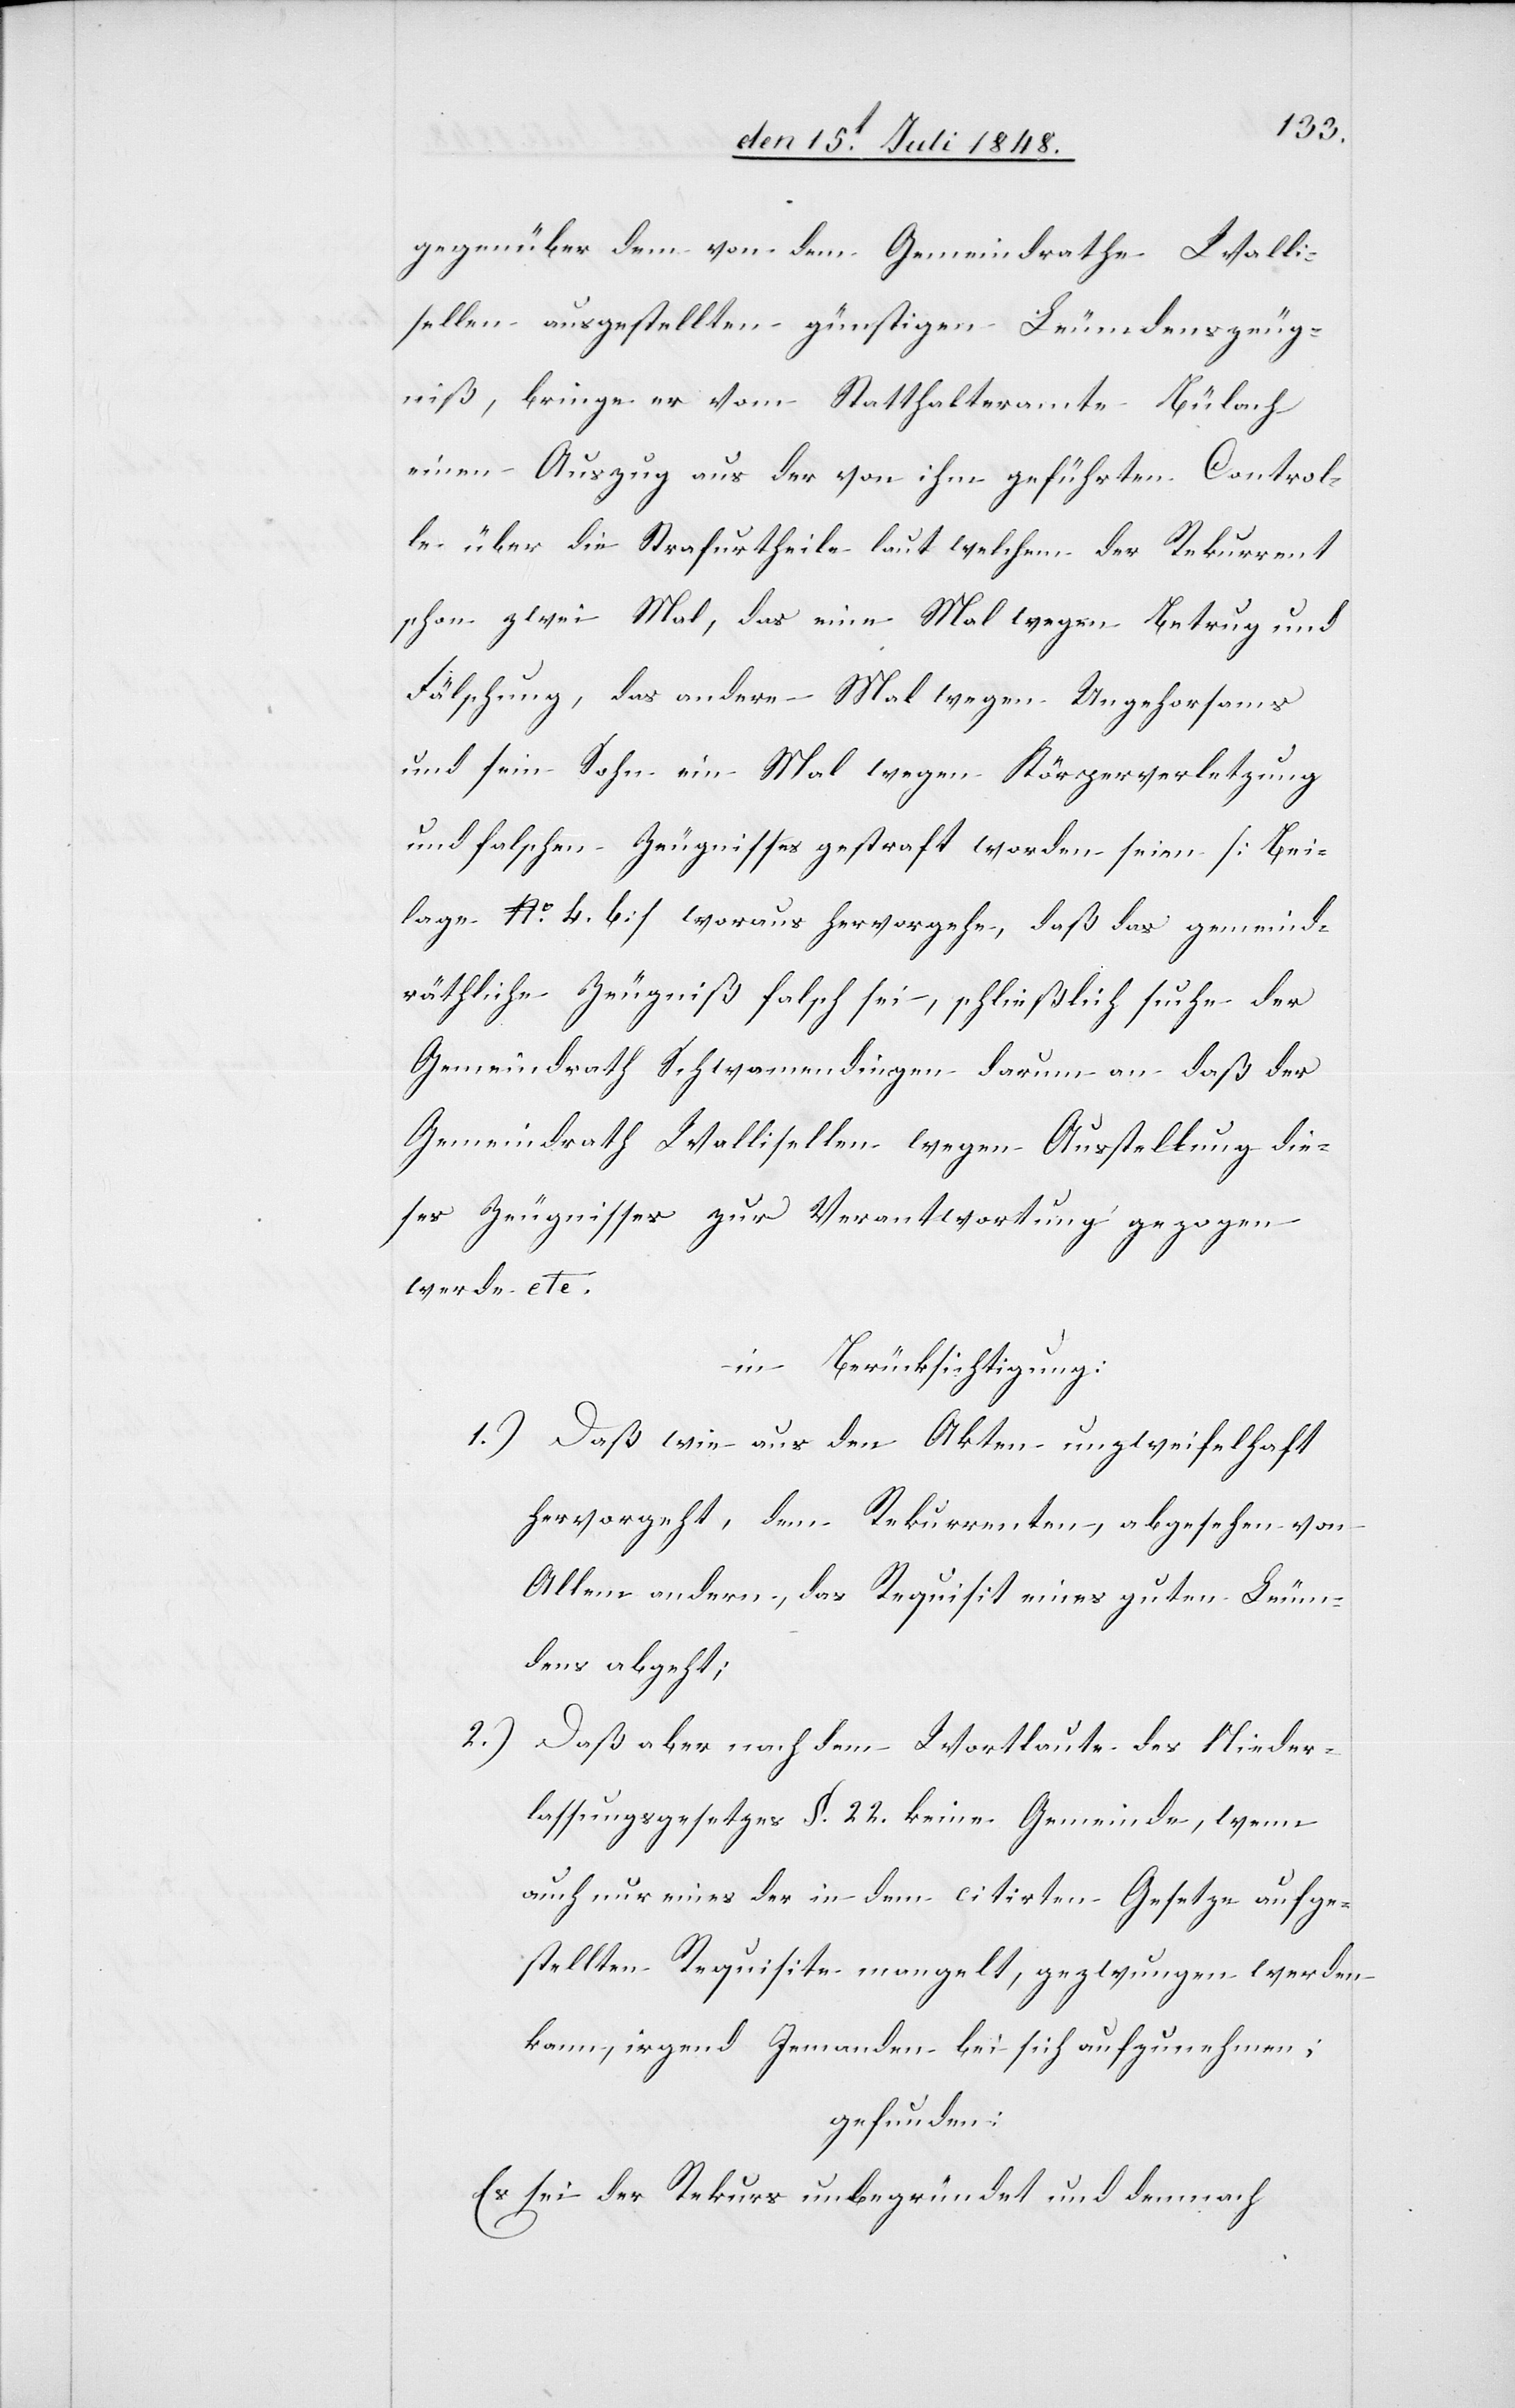
gegenüber dem vor dem Gemeindrathe Walli¬
sellen ausgestellten günstigen Leumdenszeug¬
niß, bringe er vom Statthalteramte Bülach
einen Auszug aus der von ihm geführten Control¬
le über die Strafurtheile laut welchem der Rekurrent
schon zwei Mal, das eine Mal wegen Betrug und
Fälschung, das anderer Mal wegen Ungehorsams
und sein Sohn ein Mal wegen Körperverletzung
und falschen Zeugnisses gestraft worden seien [Bei¬
lage No 4. b.] woraus hervorgehe, daß das Gemeind¬
rähtliche Zeugniß falsch sei, schließlich suche der
Gemeindrath Schwamendingen darum an daß der
Gemeindrath Wallisellen wegen Ausstellung die¬
ses Zeugnisses zur Verantwortung gezogen
werde etc.
in Berücksichtigung:
1.) Daß wie aus den Akten unzweifelhaft
hervorgeht, dem Rekurrenten, abgesehen von
Allem andern, das Requisit eines guten Leum¬
dens abgeht;
2.) Daß aber nach dem Wortlaute des Nieder¬
lassungsgesetzes §. 22. keine Gemeinde, wenn
auch nur eines der in dem citirten Gesetze aufge¬
stellten Requisite mangelt, gezwungen werden
kann, irgend Jemanden bei sich aufzunehmen;
gefunden:
Es sei der Rekurs unbegründet und demnach